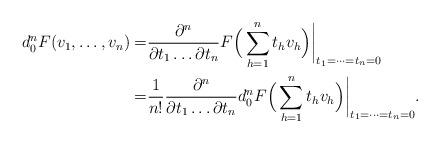
LaTeX: \begin{align*} d_0^nF (v_1,\dots,v_n)=& \frac{\partial ^n}{\partial t_1 \dots \partial t_n} F\Big(\sum_{h=1}^n t_h v_h\Big)\bigg| _{t_1=\dots=t_n=0} \\ =&\frac{1}{n!} \frac{\partial ^n}{\partial t_1 \dots \partial t_n} d_0^n F\Big(\sum_{h=1}^n t_h v_h\Big)\bigg| _{t_1=\dots=t_n=0} . \end{align*}